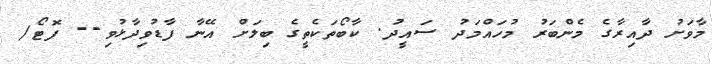
މާވަށު ދާއިރާގެ މެންބަރު މުހައްމަދު ސައީދު. ކާބޯތަކެތީގެ ބިލަށް އޭނާ ފާޑުވިދާޅުވި-- ފޮޓޯ/